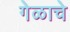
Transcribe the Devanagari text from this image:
गेळाचे